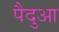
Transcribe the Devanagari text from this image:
पैदुआ